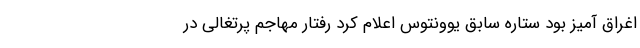
اغراق آمیز بود ستاره سابق یوونتوس اعلام کرد رفتار مهاجم پرتغالی در